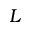
L